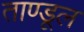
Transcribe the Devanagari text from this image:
ताण्डूल